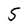
Character: 5